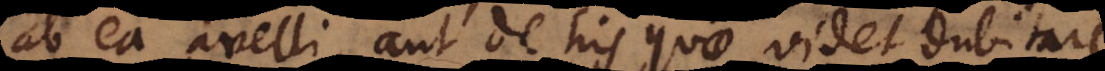
ab ea avelli, aut de his quae videt dubitare.